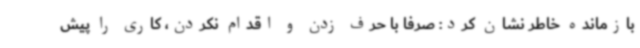
بازمانده خاطر نشان کرد: صرفا با حرف زدن و اقدام نکردن، کاری را پیش